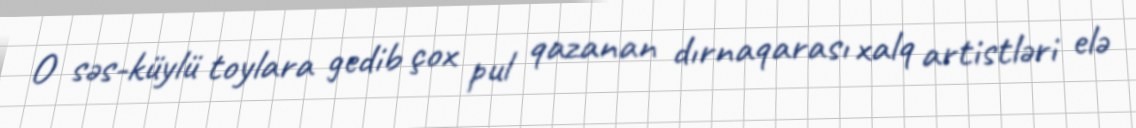
O səs-küylü toylara gedib çox pul qazanan dırnaqarası xalq artistləri elə